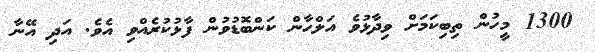
1300 މީހުން ތިބިކަމަށް ވިދާޅުވެ އަލްހާން ކަންބޮޑުވުން ފާޅުކުރެއްވި އެވެ. އަދި އޭނާ